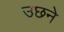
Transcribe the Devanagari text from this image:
उछने